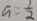
a = \frac { 1 } { 2 }